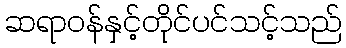
ဆရာဝန်နှင့်တိုင်ပင်သင့်သည်